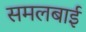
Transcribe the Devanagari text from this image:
समलबाई